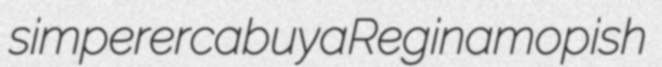
simperer cabuya Regina mopish